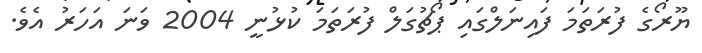
ޔޫރޯގެ ފުރަތަމަ ފައިނަލްގައި ޕޯޗުގަލް ފުރަތަމަ ކުޅުނީ 2004 ވަނަ އަހަރު އެވެ.